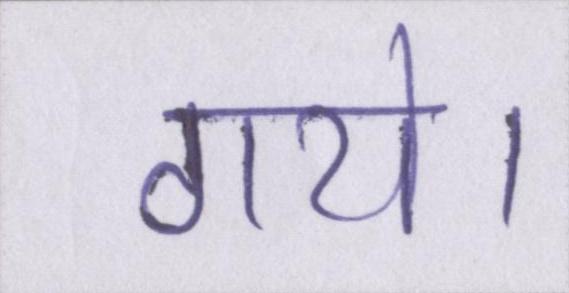
गये।